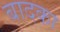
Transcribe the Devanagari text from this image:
बादका